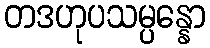
တဒဟုပသမ္ပန္နော